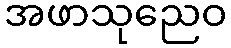
အဖာသုညေဝ